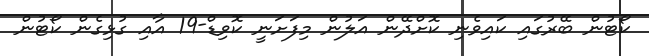
ކޯޓުން ބޭރުގައި ކައިވެނި ކޮށްދޭން އަލުން މިފަށަނީ ކޮވިޑް-19 އާއި ގުޅިގެން ކޯޓުން